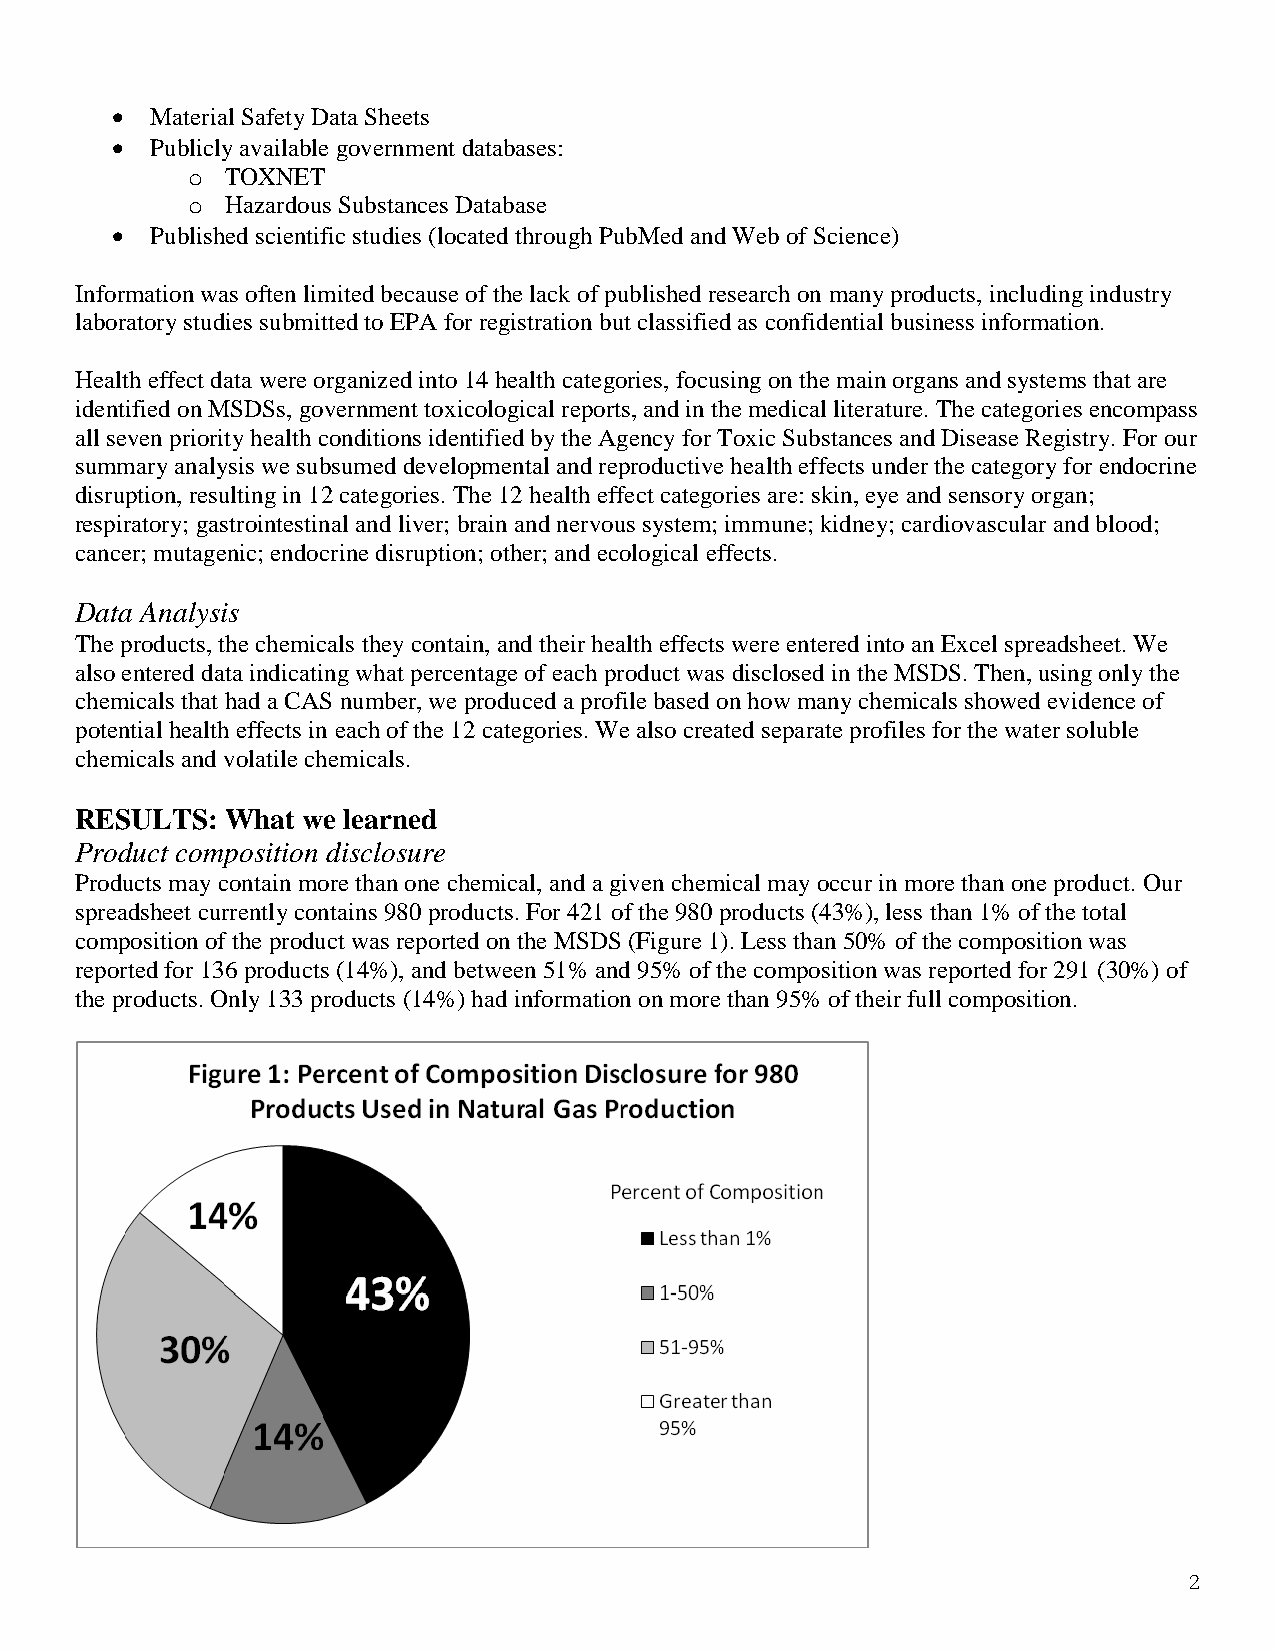
  Material Safety Data Sheets
   Publicly available government databases:
 o  TOXNET
 o  Hazardous Substances Database
   Published scientific studies (located through PubMed and Web of Science)
 Information was often limited because of the lack of published research on many products, including industry
 laboratory studies submitted to EPA for registration but classified as confidential business information.
 Health effect data were organized into 14 health categories, focusing on the main organs and systems that are
 identified on MSDSs, government toxicological reports, and in the medical literature. The categories encompass
 all seven priority health conditions identified by the Agency for Toxic Substances and Disease Registry. For our
 summary analysis we subsumed developmental and reproductive health effects under the category for endocrine
 disruption, resulting in 12 categories. The 12 health effect categories are: skin, eye and sensory organ;
 respiratory; gastrointestinal and liver; brain and nervous system; immune; kidney; cardiovascular and blood;
 cancer; mutagenic; endocrine disruption; other; and ecological effects.
 Data Analysis
 The products, the chemicals they contain, and their health effects were entered into an Excel spreadsheet. We
 also entered data indicating what percentage of each product was disclosed in the MSDS. Then, using only the
 chemicals that had a CAS number, we produced a profile based on how many chemicals showed evidence of
 potential health effects in each of the 12 categories. We also created separate profiles for the water soluble
 chemicals and volatile chemicals.
 RESULTS:  What we learned
 Product composition disclosure
 Products may contain more than one chemical, and a given chemical may occur in more than one product. Our
 spreadsheet currently contains 980 products. For 421 of the 980 products (43%), less than 1% of the total
 composition of the product was reported on the MSDS (Figure 1). Less than 50% of the composition was
 reported for 136 products (14%), and between 51% and 95% of the composition was reported for 291 (30%) of
 the products. Only 133 products (14%) had information on more than 95% of their full composition.
 2